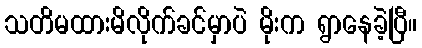
သတိမထားမိလိုက်ခင်မှာပဲ မိုးက ရွာနေခဲ့ပြီ။